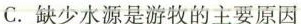
C. 缺少水源是游牧的主要原因